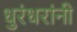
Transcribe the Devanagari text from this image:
धुरंधरांनी